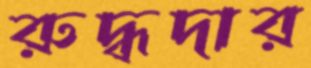
রুদ্ধদার